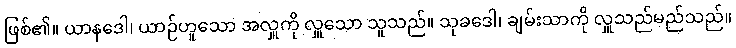
ဖြစ်၏။ ယာနဒေါ၊ ယာဉ်ဟူသော အလှူကို လှူသော သူသည်။ သုခဒေါ၊ ချမ်းသာကို လှူသည်မည်သည်။